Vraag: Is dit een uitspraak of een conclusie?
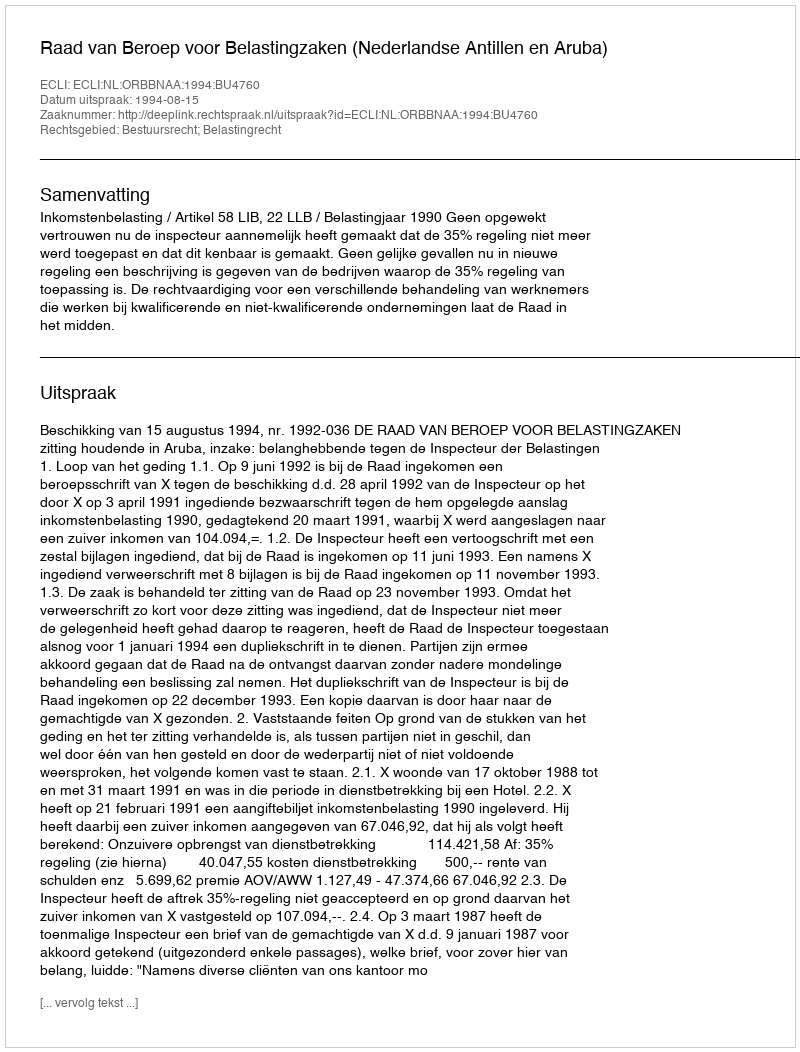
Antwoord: Uitspraak